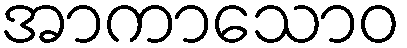
အာကာသောဝ